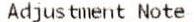
ADJUSTMENT NOTE